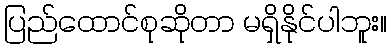
ပြည်ထောင်စုဆိုတာ မရှိနိုင်ပါဘူး။